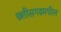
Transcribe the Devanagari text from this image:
छ्त्तीसगढमधील